Calcutta medical institutions reports 1892-1900
Year: 1892
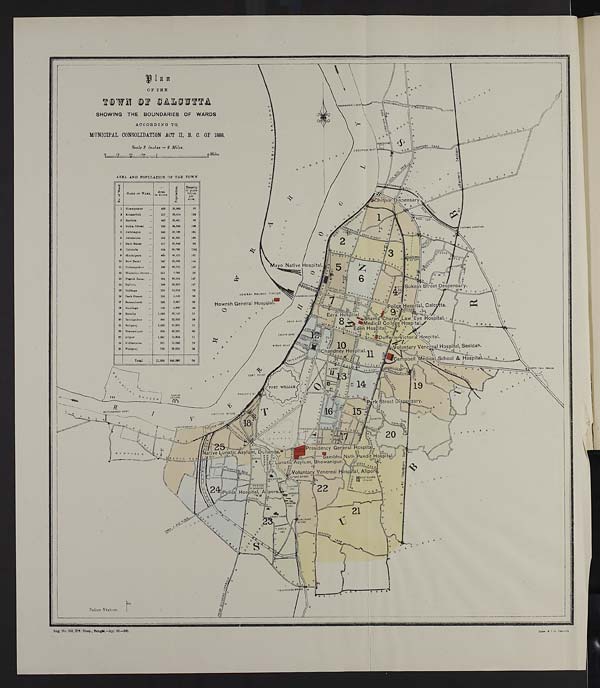
P l a n
OF THE
TOWN OF CALCUTTA
SHOWING THE BOUNDARIES OF WARDS
ACCORDING TO
MUNICIPAL CONSOLIDATION ACT II, B. C. OF 1888.
Seale & Inches V Miles.
AREA AND POPULATION OF THE TOWN
f
o
d
x
*
NAME OF WARD.
-
Area
in Acres.
P o p u l a t i o n .
4
D e n s i t y
of popu-
I lation
per
acre.
1 Shampnkur
...
409
36,885
9 0
2 Kumartuli
...
217
6,614
122
3 Bartola
...
403
36,431
90
4 Sukia Street
...
3 2 0
34,828
108
5 Jorabagan
...
243
39,180
161
6I Jorasanka
262
41,057
159
7 Baru Bazar
217
20,646
95
8 Colutola
2 2 4
50,781
2 2 6 1
9 Muchipara
...
460
49,172
107
10 Bow Bazar
147
22,668
154
11 Padmapukur
106
20,761
125
12 Waterloo Street ..
211
6,083
25
13 Fenick Bazar ...
192
28,366
147
14
Taltola
198
29,207
147
15 Collinga
179
13,218
73
1 6 Park Street
...
153
4,620
30
17 Bamanbasti
...
128
3,287
25
1 0 /Listings
..
log
4,820
44
19
Entally
1,062
33,147
31
20 Baniapukur
800
23,020
28
21 Baliganj
2,022
22,831
n
11
22
Bhawanipur
838
42,591
50
2 3 Alipur
1,241
14,804
11
24 Kidderpore
921
15,340
16
25 Watgauj
729
26,833
I
36
Total
11,850
.
648,090
54
Reg. No. 663. Civ. Hosp., Bengal.—Apl. 00.-200.